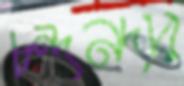
চন্দনদার